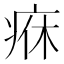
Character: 㾋